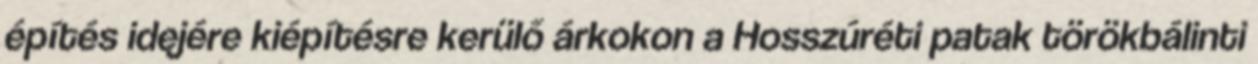
építés idejére kiépítésre kerülő árkokon a Hosszúréti patak törökbálinti